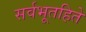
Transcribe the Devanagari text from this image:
सर्वभूतहिते